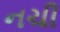
નચી